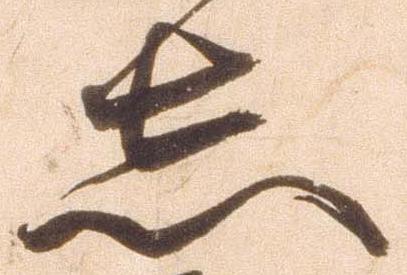
志